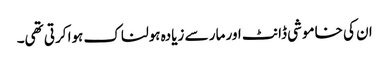
ان کی خاموشی ڈانٹ اور مار سے زیادہ ہولناک ہوا کرتی تھی۔